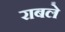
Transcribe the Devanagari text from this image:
राबले